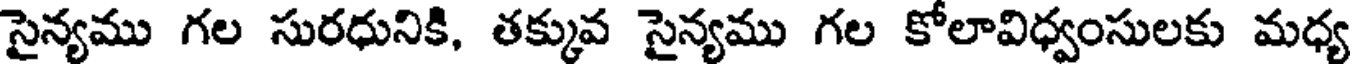
సైన్యము గల సురధునికి, తక్కువ సైన్యము గల కోలావిధ్వంసులకు మధ్య